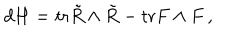
LaTeX: d H = \mathrm { t r } \tilde { R } \wedge \tilde { R } - \mathrm { t r } F \wedge F \, ,